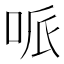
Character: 哌